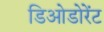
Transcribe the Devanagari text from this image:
डिओडोरेंट